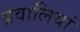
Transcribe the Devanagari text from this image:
प्रवालियां